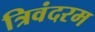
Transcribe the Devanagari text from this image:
त्रिवंदरम